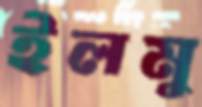
ইলমু